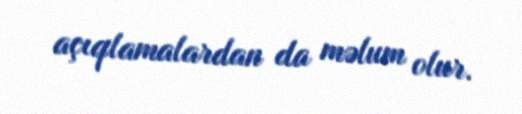
açıqlamalardan da məlum olur.